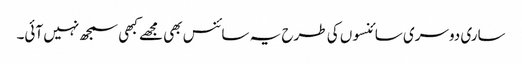
ساری دوسری سائنسوں کی طرح یہ سائنس بھی مجھے کبھی سمجھ نہیں آئی۔